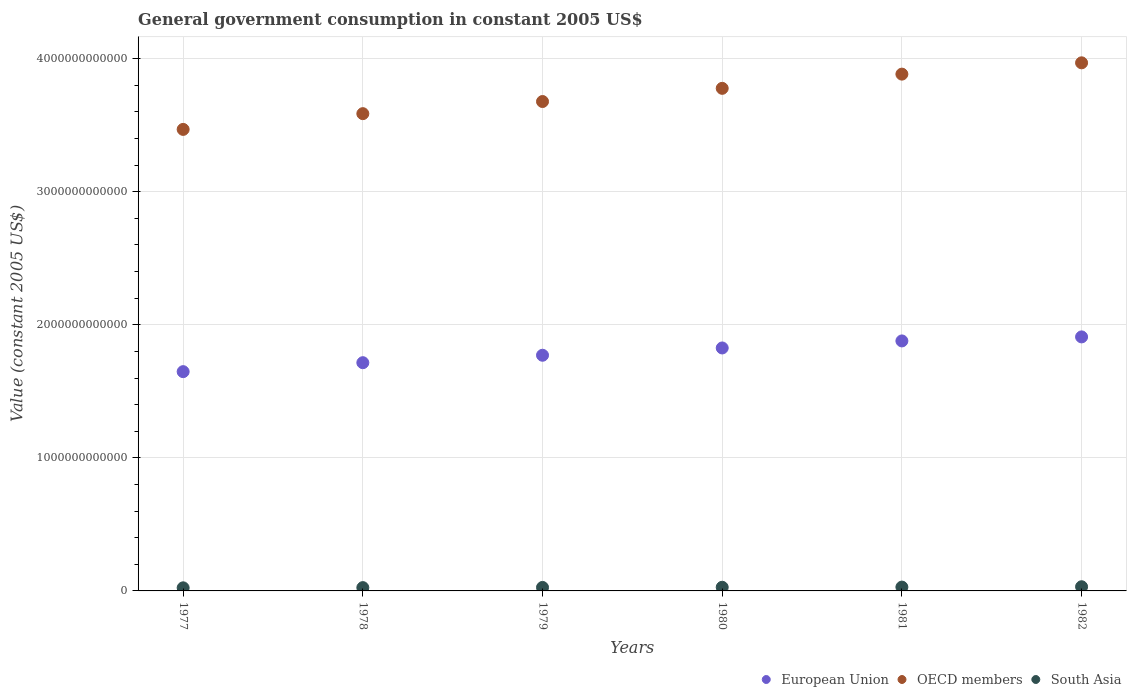
| Years | European Union | OECD members | South Asia |
 | --- | --- | --- | --- |
 | 1977 | 1.65e+12 | 3.47e+12 | 2.33e+10 |
 | 1978 | 1.72e+12 | 3.59e+12 | 2.48e+10 |
 | 1979 | 1.77e+12 | 3.68e+12 | 2.62e+10 |
 | 1980 | 1.83e+12 | 3.78e+12 | 2.74e+10 |
 | 1981 | 1.88e+12 | 3.88e+12 | 2.88e+10 |
 | 1982 | 1.91e+12 | 3.97e+12 | 3.14e+10 |